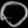
Digit: ၀